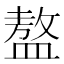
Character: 𥂢